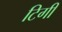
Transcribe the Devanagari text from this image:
टिगी